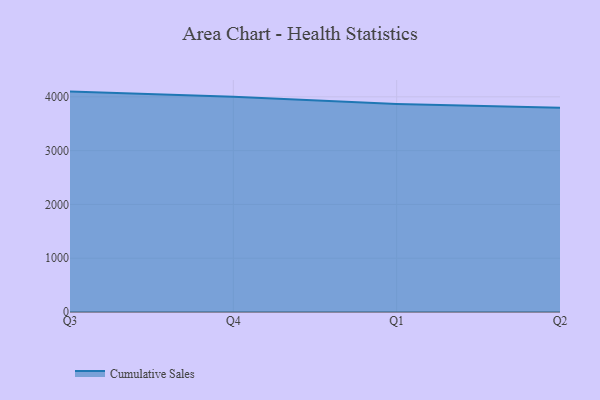
{"axis": {"x": "Quarter", "y": "Population (Million)"}, "legend": ["Cumulative Sales"], "data": [{"x": "Q3", "y": 4097.7, "type": "Cumulative Sales"}, {"x": "Q4", "y": 3999.8, "type": "Cumulative Sales"}, {"x": "Q1", "y": 3866.5, "type": "Cumulative Sales"}, {"x": "Q2", "y": 3796.3, "type": "Cumulative Sales"}]}